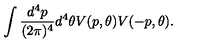
\int \frac { d ^ { 4 } p } { ( 2 \pi ) ^ { 4 } } d ^ { 4 } \theta V ( p , \theta ) V ( - p , \theta ) .